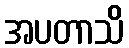
အပတာသိ